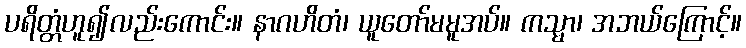
ပရိတ္တံဟူ၍လည်းကောင်း။ နာဂဟိတံ၊ ယူတော်မမူအပ်။ ကသ္မာ၊ အဘယ်ကြောင့်။